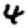
Digit: 4